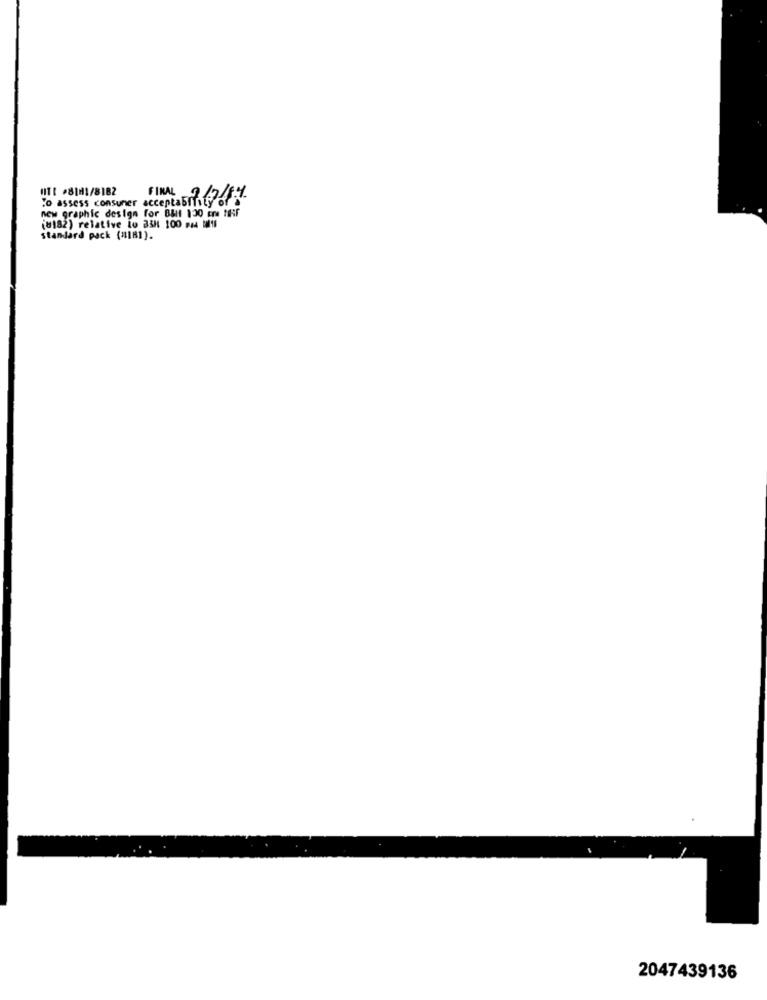
HIT: - 81H1/8182
To assess consumer acceptability o
FINAL 2/7/14
new graphic design for B&il 130 cre fff
(8182) relative lo 338 100 pad Ml1l
standard pack (#181).
2047439136